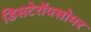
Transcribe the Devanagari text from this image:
डिसटेरॉयसोमर